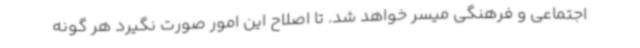
اجتماعی و فرهنگی میسر خواهد شد. تا اصلاح این امور صورت نگیرد هر گونه